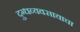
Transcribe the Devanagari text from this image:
दुग्धव्यवसायाचा